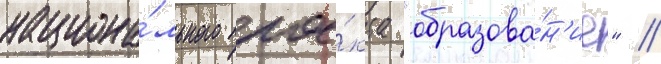
национа́льного прое́кта "образова́н'ие" /